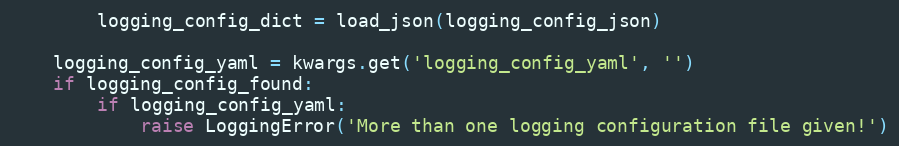
Language: Python
        logging_config_dict = load_json(logging_config_json)

    logging_config_yaml = kwargs.get('logging_config_yaml', '')
    if logging_config_found:
        if logging_config_yaml:
            raise LoggingError('More than one logging configuration file given!')